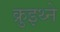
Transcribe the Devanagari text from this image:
क्रुइथ्ने